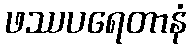
ဖဿပရေတာနံ